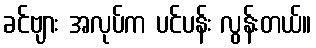
ခင်ဗျား အလုပ်က ပင်ပန်း လွန်းတယ်။